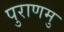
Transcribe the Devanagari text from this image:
पुराणमु